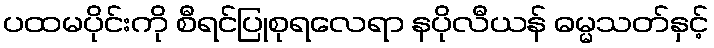
ပထမပိုင်းကို စီရင်ပြုစုရလေရာ နပိုလီယန် ဓမ္မသတ်နှင့်